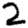
Digit: 2